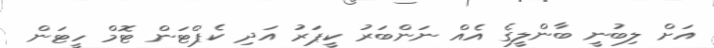
އަށް ލިބުނީ ބާންލީގެ އެއް ނަންބަރު ކީޕަރު އަދި ކެޕްޓަން ޓޮމް ހީޓަން